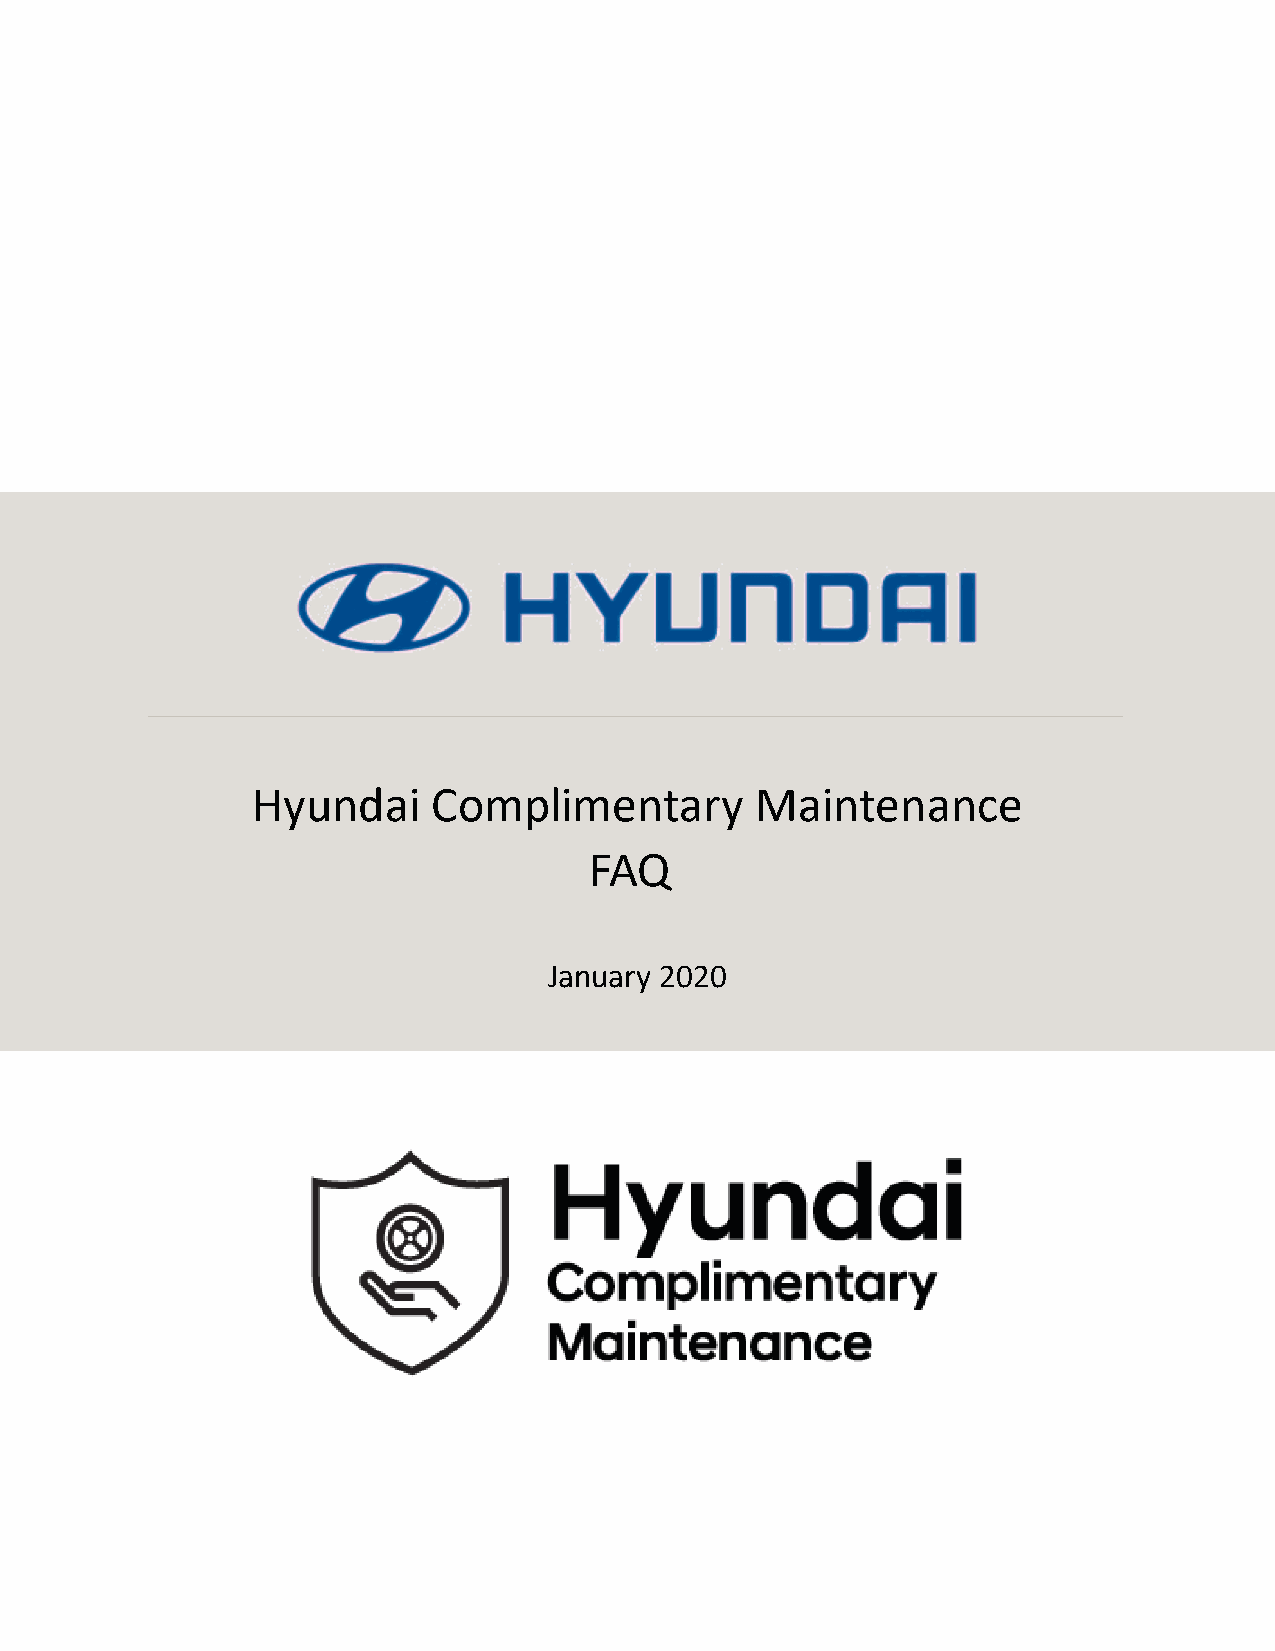
Hyundai     Complimentary        Maintenance
 Claims   PorFtAaQl User  Guide
 January 2020